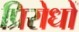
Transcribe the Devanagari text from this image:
प्रिरोधों